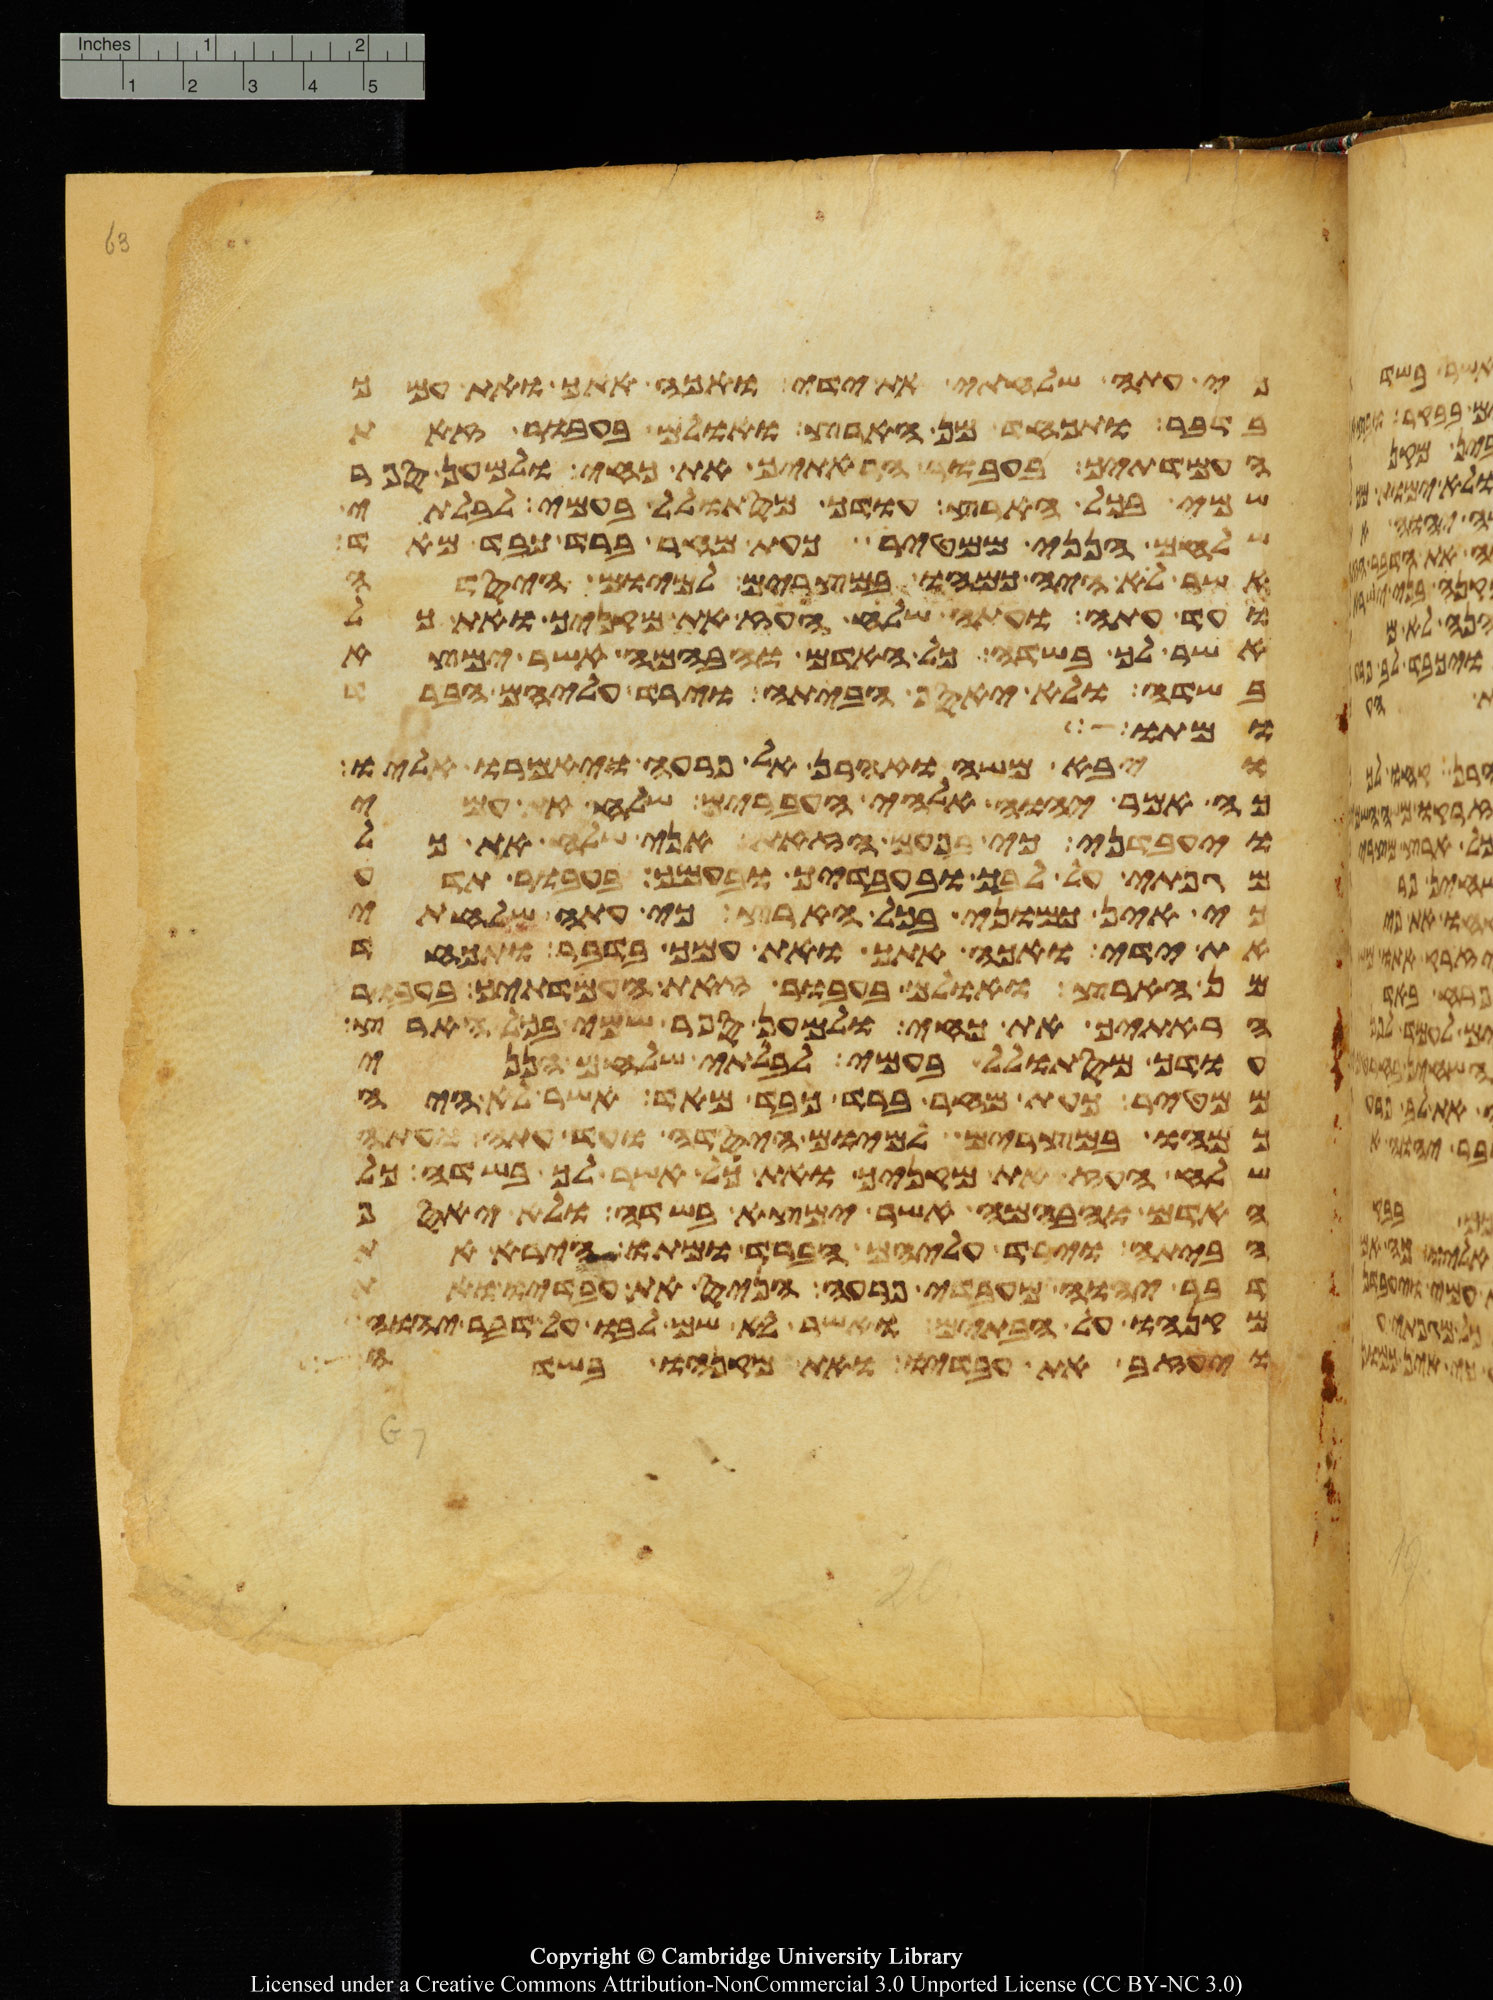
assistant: כי עתה שלחתי את ידי ואכה אתך ואת עמך
בדבר ותכחד מן הארץ ואולם בעבור זאת
העמדתיך בעבור הראתיך את כחי ולמען ספר
שמי בכל הארץ עודך מסתולל בעמי לבלתי
שלחם הנני ממטיר כעת מחר ברד כבד מאד
אשר לא היה כמהו במצרים למיום היסדה
ועד עתה ועתה שלח העז את מקניך ואת כל
אשר לך בשדה כל האדם והבהמה אשר ימצא
בשדה ולא יאסף הביתה וירד עליהם הברד
ומתו
ויבא משה ואהרן אל פרעה ויאמרו אליו
כה אמר יהוה אלהי העברים שלח את עמי
ויעבדני כי בפעם הזאת אני שלח את כל
מגפתי על לבך ובעבדיך ובעמך בעבור תדע
כי אין כמוני בכל הארץ כי עתה שלחתי
את ידי ואכה אתך ואת עמך בדבר ותכחד
מן הארץ ואולם בעבור זאת העמדתיך בעבור
הראתיך את כחי ולמען ספר שמי בכל הארץ
עודך מסתולל בעמי לבלתי שלחם הנני
ממטיר כעת מחר ברד כבד מאד אשר לא היה
כמהו במצרים למיום היסדה ועד עתה ועתה
שלח העז את מקניך ואת כל אשר לך בשדה כל
האדם והבהמה אשר ימצא בשדה ולא יאסף
הביתה וירד עליהם הברד ומתו הירא את
דבר יהוה מעבדי פרעה הניס את עבדיו ואת
מקנהו אל הבתים ואשר לא שם לבו על דבר יהוה
ויעזב את עבדיו ואת מקנהו בשדה